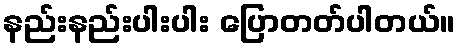
နည်းနည်းပါးပါး ပြောတတ်ပါတယ်။